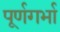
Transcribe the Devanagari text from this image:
पूर्णगर्भा